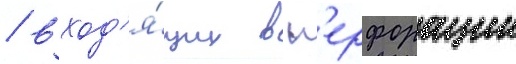
/ вход'я́щих в п'ерфорации